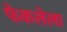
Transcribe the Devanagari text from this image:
फेकलेला